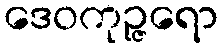
ဒေဝကုဉ္ဇရော